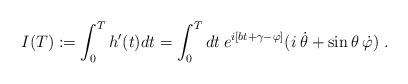
LaTeX: \begin{align*}I(T):=\int_0^T h'(t)dt=\int_0^T dt\: e^{i[bt+\gamma-\varphi]}(i\:\dot\theta+\sin\theta\:\dot\varphi)\;.\end{align*}